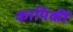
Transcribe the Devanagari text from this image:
कायिर्की